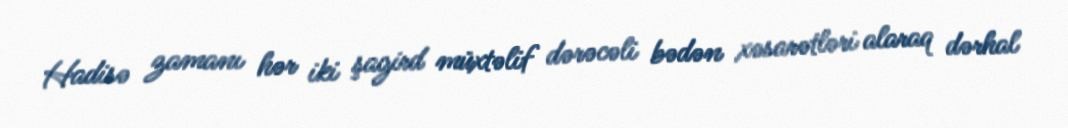
Hadisə zamanı hər iki şagird müxtəlif dərəcəli bədən xəsarətləri alaraq dərhal